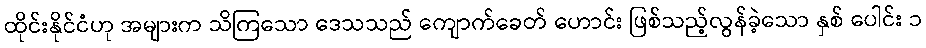
ထိုင်းနိုင်ငံဟု အများက သိကြသော ဒေသသည် ကျောက်ခေတ် ဟောင်း ဖြစ်သည့်လွန်ခဲ့သော နှစ် ပေါင်း ၁